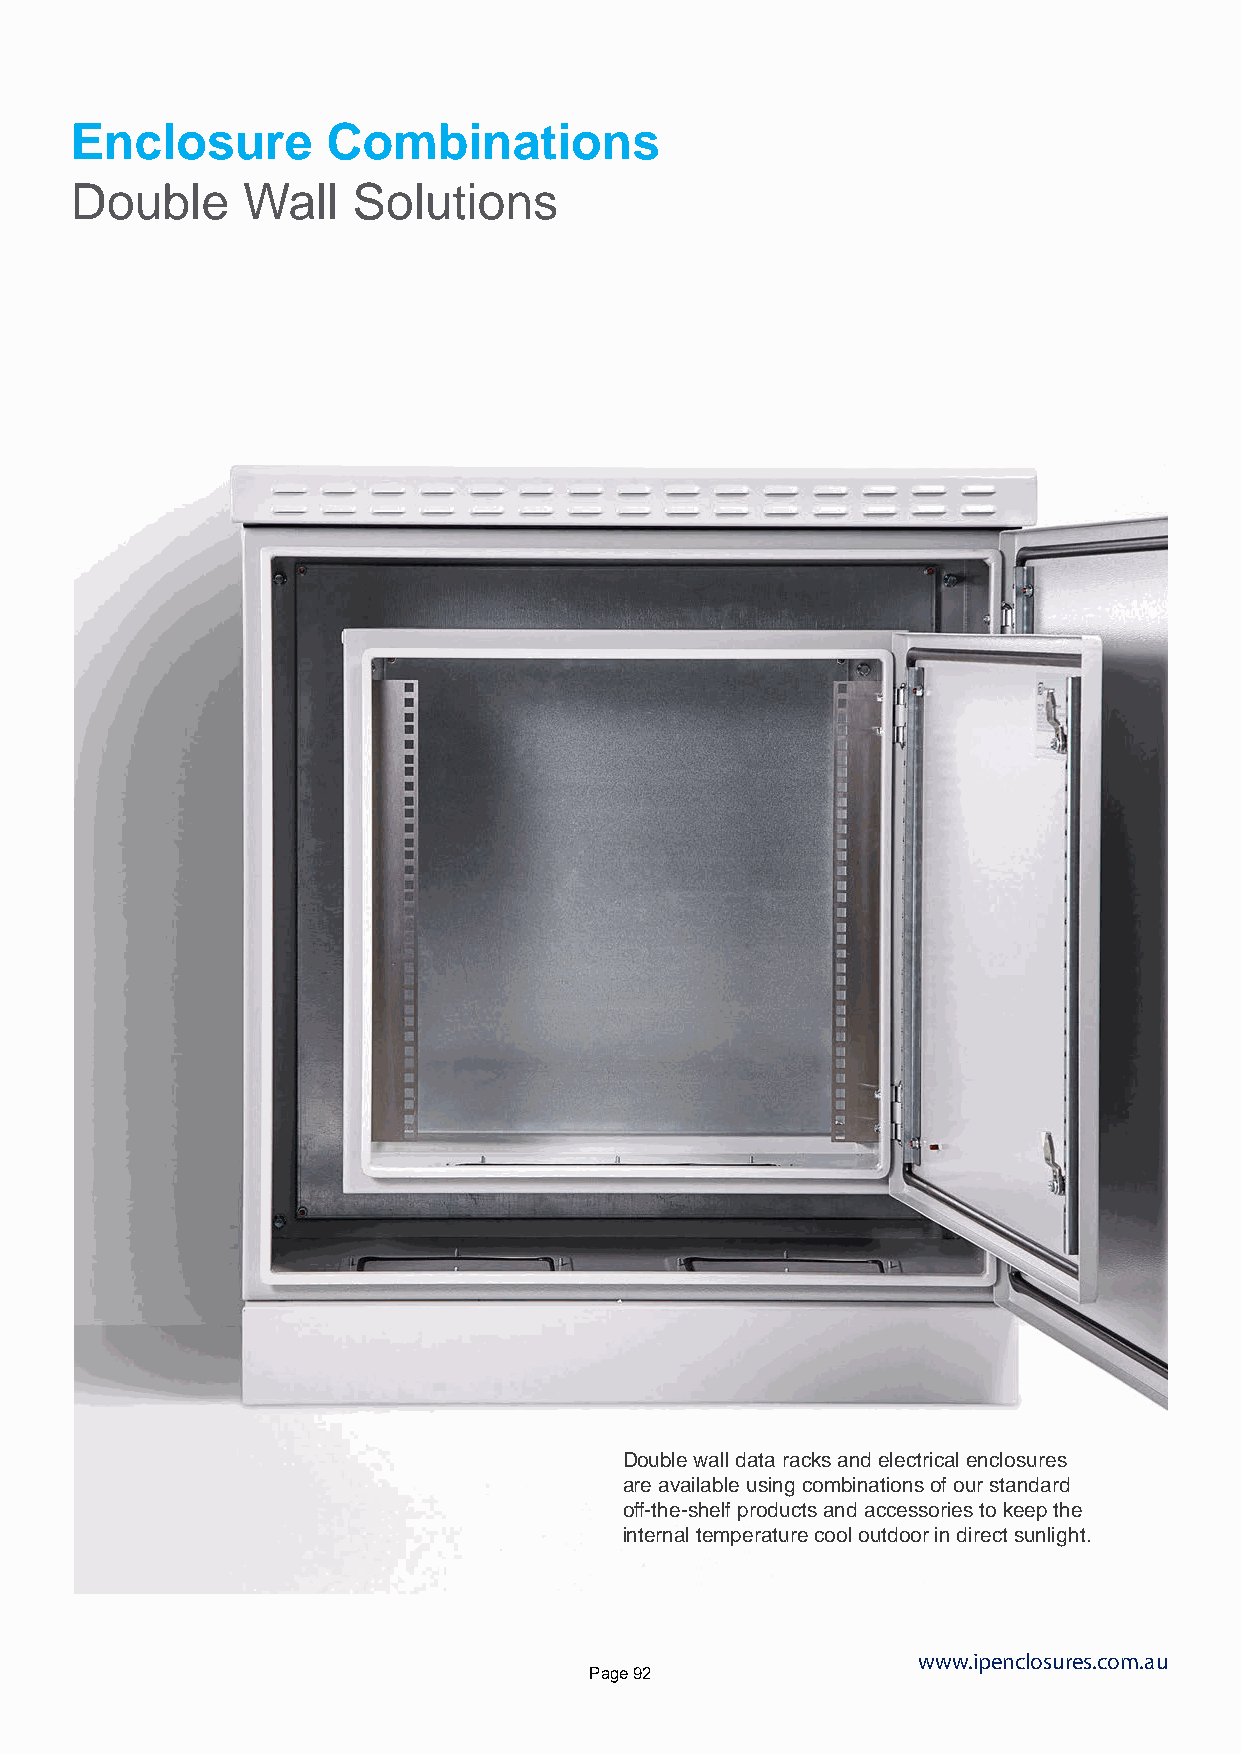
Enclosure        Combinations
 Double     Wall   Solutions
 Double wall data racks and electrical enclosures
 are available using combinations of our standard
 off-the-shelf products and accessories to keep the
 internal temperature cool outdoor in direct sunlight.
 www.ipenclosures.com.au
 Page 92